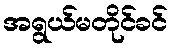
အရွယ်မတိုင်ခင်